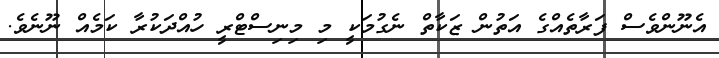
އެނޫންވެސް ފަރާތެއްގެ އަތުން ޒަކާތް ނެގުމަކީ މި މިނިސްޓްރީ ހުއްދަކުރާ ކަމެއް ނޫނެވެ.